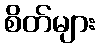
စိတ်များ